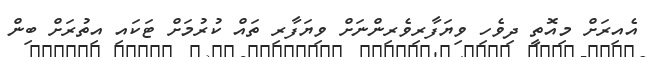
އެއިރަށް މިއޮތީ ދިވެހި ވިޔަފާރިވެރިންނަށް ވިޔަފާރި ތައް ކުރުމަށް ޓަކައި އިތުރަށް ބިން